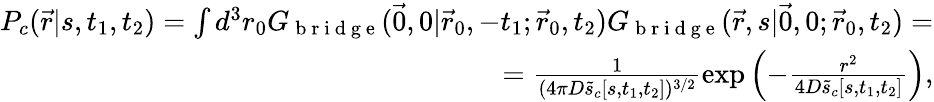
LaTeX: \begin{array}{r}{P_{c}(\vec{r}|s,t_{1},t_{2})=\int d^{3}r_{0}G_{\mathrm{~b~r~i~d~g~e~}}(\vec{0},0|\vec{r}_{0},-t_{1};\vec{r}_{0},t_{2})G_{\mathrm{~b~r~i~d~g~e~}}(\vec{r},s|\vec{0},0;\vec{r}_{0},t_{2})=}\\ {=\frac{1}{(4\pi D\tilde{s}_{c}[s,t_{1},t_{2}])^{3/2}}\exp\left(-\frac{r^{2}}{4D\tilde{s}_{c}[s,t_{1},t_{2}]}\right),}\end{array}